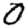
Digit: 0